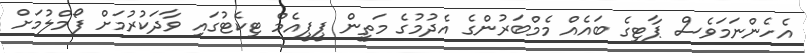
އެހެންނަމަވެސް ޕާޓިގެ ބައެއް މެމްބަރުންގެ އެދުމުގެ މަތީން ޕީޕީއެމް ޓިކެޓުގައި ވާދަކުރުމަށް ފޯމްލުމަށް